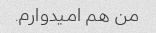
من هم امیدوارم.